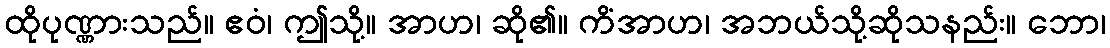
ထိုပုဏ္ဏားသည်။ ဧဝံ၊ ဤသို့။ အာဟ၊ ဆို၏။ ကိံအာဟ၊ အဘယ်သို့ဆိုသနည်း။ ဘော၊